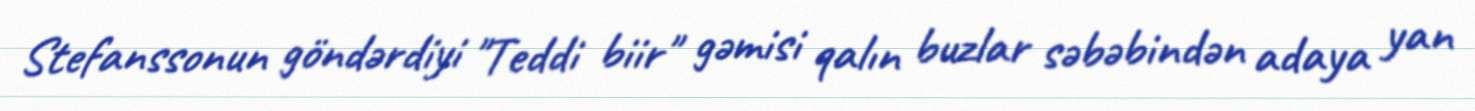
Stefanssonun göndərdiyi "Teddi biir" gəmisi qalın buzlar səbəbindən adaya yan